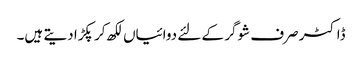
ڈاکٹر صرف شوگر کے لئے دوائیاں لکھ کر پکڑا دیتے ہیں۔